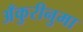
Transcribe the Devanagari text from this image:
अँकुरीनुमा